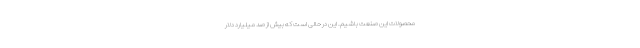
محصولات این صنعت باشیم. این در حالی است که بیش از صد میلیارد دلار